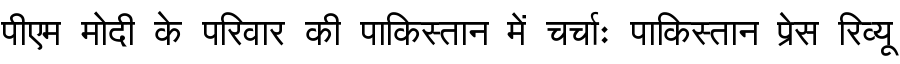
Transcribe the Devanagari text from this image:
पीएम मोदी के परिवार की पाकिस्तान में चर्चाः पाकिस्तान प्रेस रिव्यू